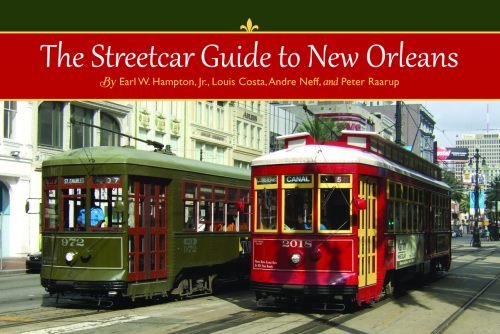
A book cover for Streetcar Guide to New Orleans, The; Earl Hampton Jr.; Travel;